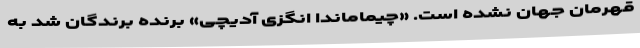
قهرمان جهان نشده است. «چیماماندا انگزی آدیچی» برنده برندگان شد به